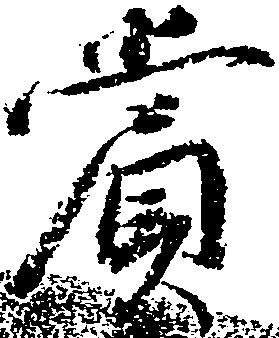
賞